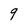
Character: 9